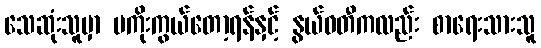
သေဆုံးသူမှာ မကိုးကွယ်တော့ရန်နှင့် နွယ်ဝတီကလည်း စာရေးသားသူ